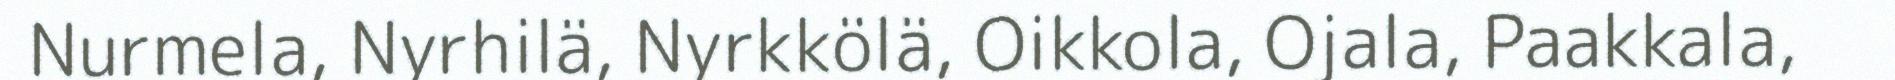
Nurmela, Nyrhilä, Nyrkkölä, Oikkola, Ojala, Paakkala,